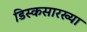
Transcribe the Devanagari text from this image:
डिस्कसारख्या